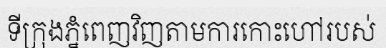
ទីក្រុងភ្នំពេញវិញតាមការកោះហៅរបស់